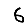
Digit: 6